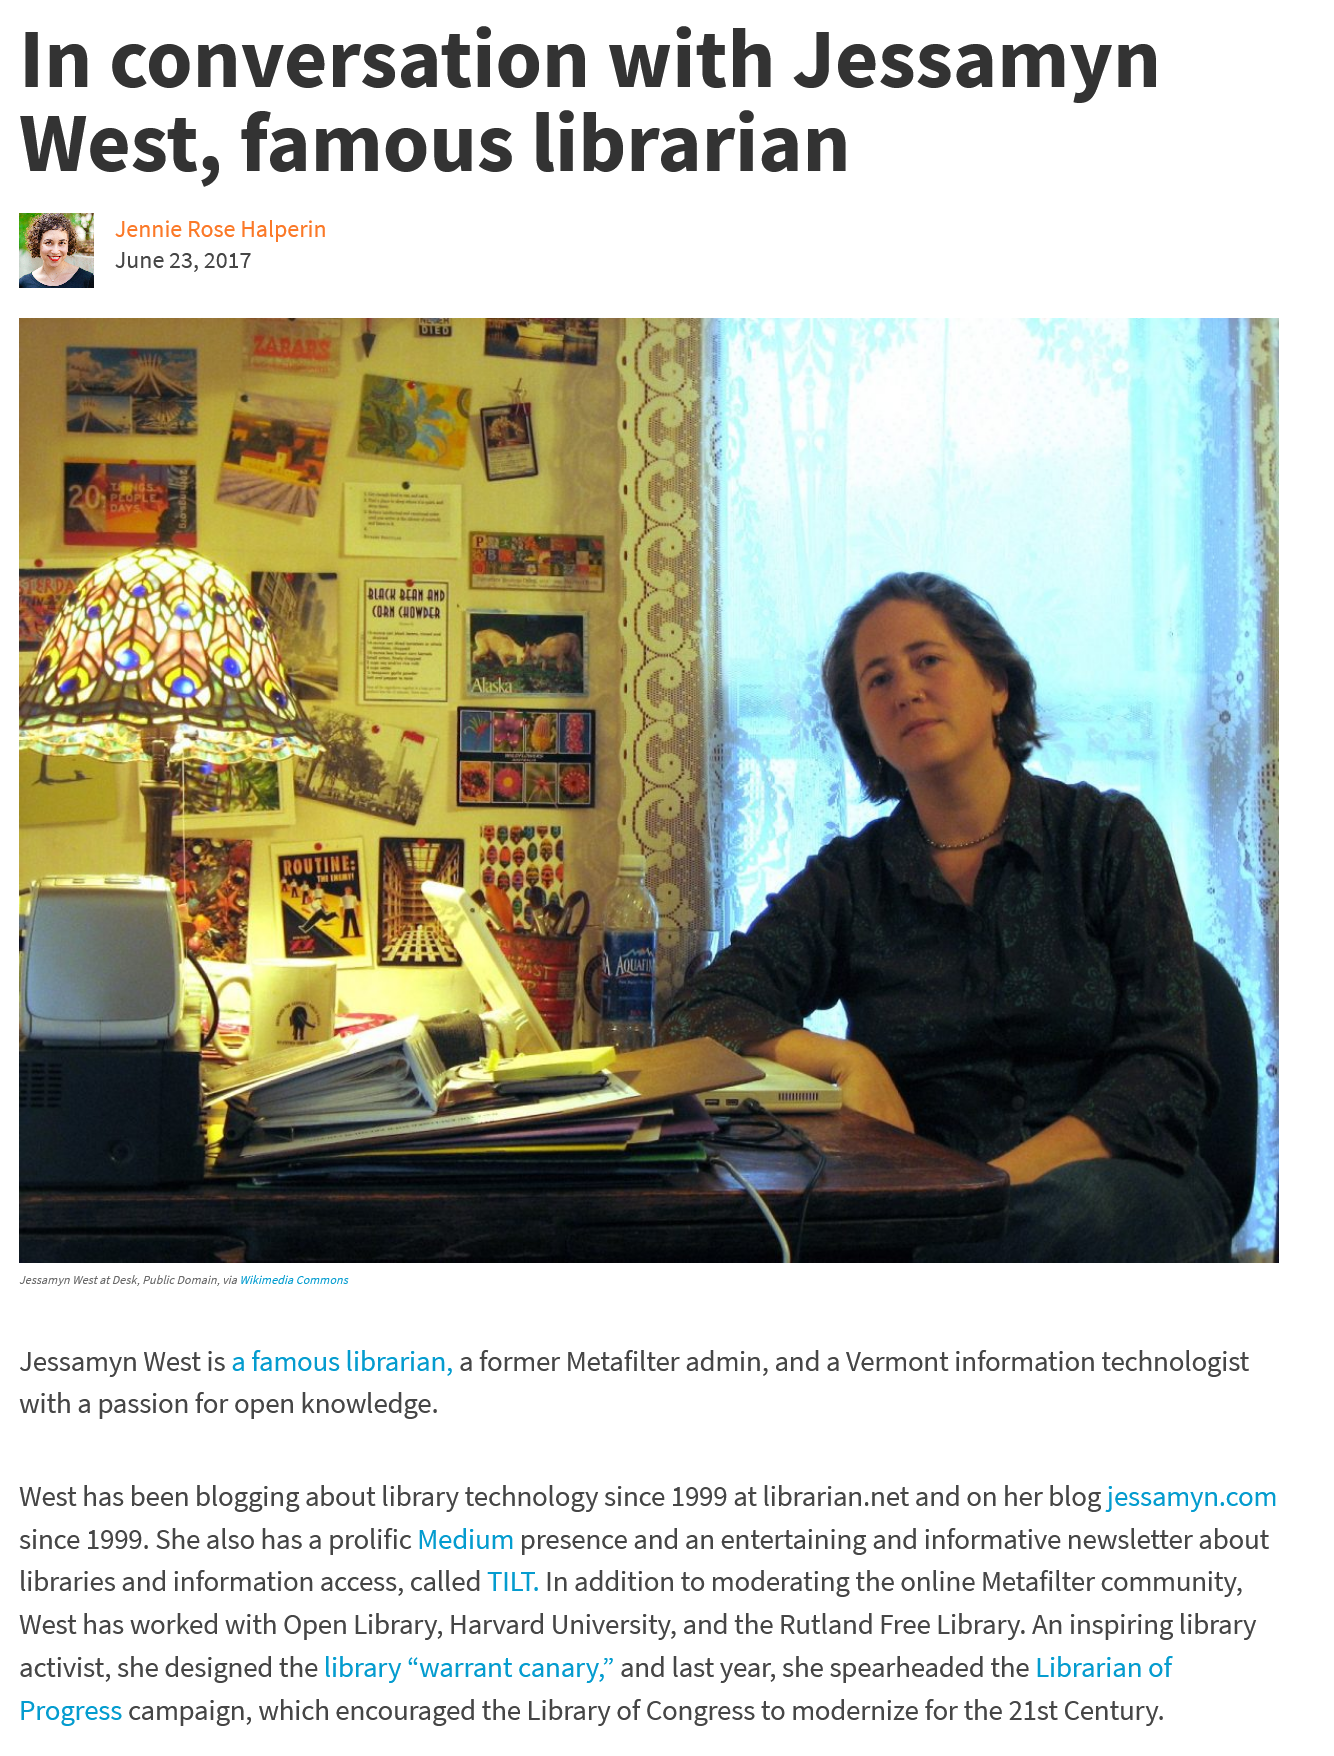
In    conversation    with    Jessamyn
  West,    famous    librarian
     Jennie Rose Halperin
     June 23, 2017

  Jessamyn West at Desk, Public Domain, via Wikimedia Commons
  Jessamyn West is a famous librarian, a former Metafilter admin, and a Vermont information technologist
  with a passion for open knowledge.
  West has been blogging about library technology since 1999 at librarian.net and on her blog jessamyn.com
  since 1999. She also has a prolific Medium presence and an entertaining and informative newsletter about
  libraries and information access, called TILT. In addition to moderating the online Metafilter community,
  West has worked with Open Library, Harvard University, and the Rutland Free Library. An inspiring library
  activist, she designed the library “warrant canary,” and last year, she spearheaded the Librarian of
  Progress campaign, which encouraged the Library of Congress to modernize for the 21st Century.